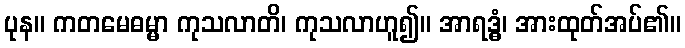
ပုန။ ကတမေဓမ္မာ ကုသလာတိ၊ ကုသလာဟူ၍။ အာရဒ္ဓံ၊ အားထုတ်အပ်၏။